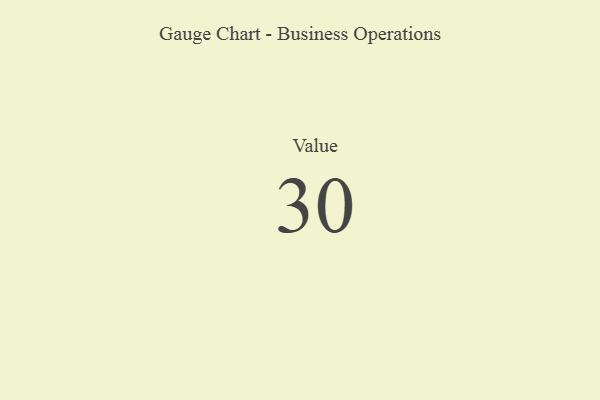
{"axis": {"x": "Metric", "y": "Value"}, "legend": [""], "data": [{"x": "Value", "y": 30, "type": ""}]}